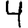
Digit: 4